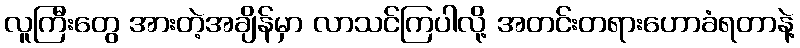
လူကြီးတွေ အားတဲ့အချိန်မှာ လာသင်ကြပါလို့ အတင်းတရားဟောခံရတာနဲ့